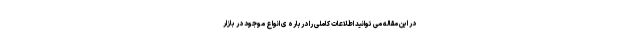
در این مقاله می توانید اطلاعات کاملی را درباره ی انواع موجود در بازار